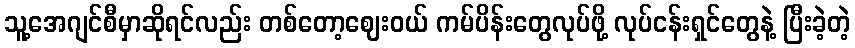
သူ့အေဂျင်စီမှာဆိုရင်လည်း တစ်တော့ဈေးဝယ် ကမ်ပိန်းတွေလုပ်ဖို့ လုပ်ငန်းရှင်တွေနဲ့ ပြီးခဲ့တဲ့